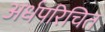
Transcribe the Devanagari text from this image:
अर्धपरिचित